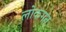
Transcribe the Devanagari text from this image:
लोकगत